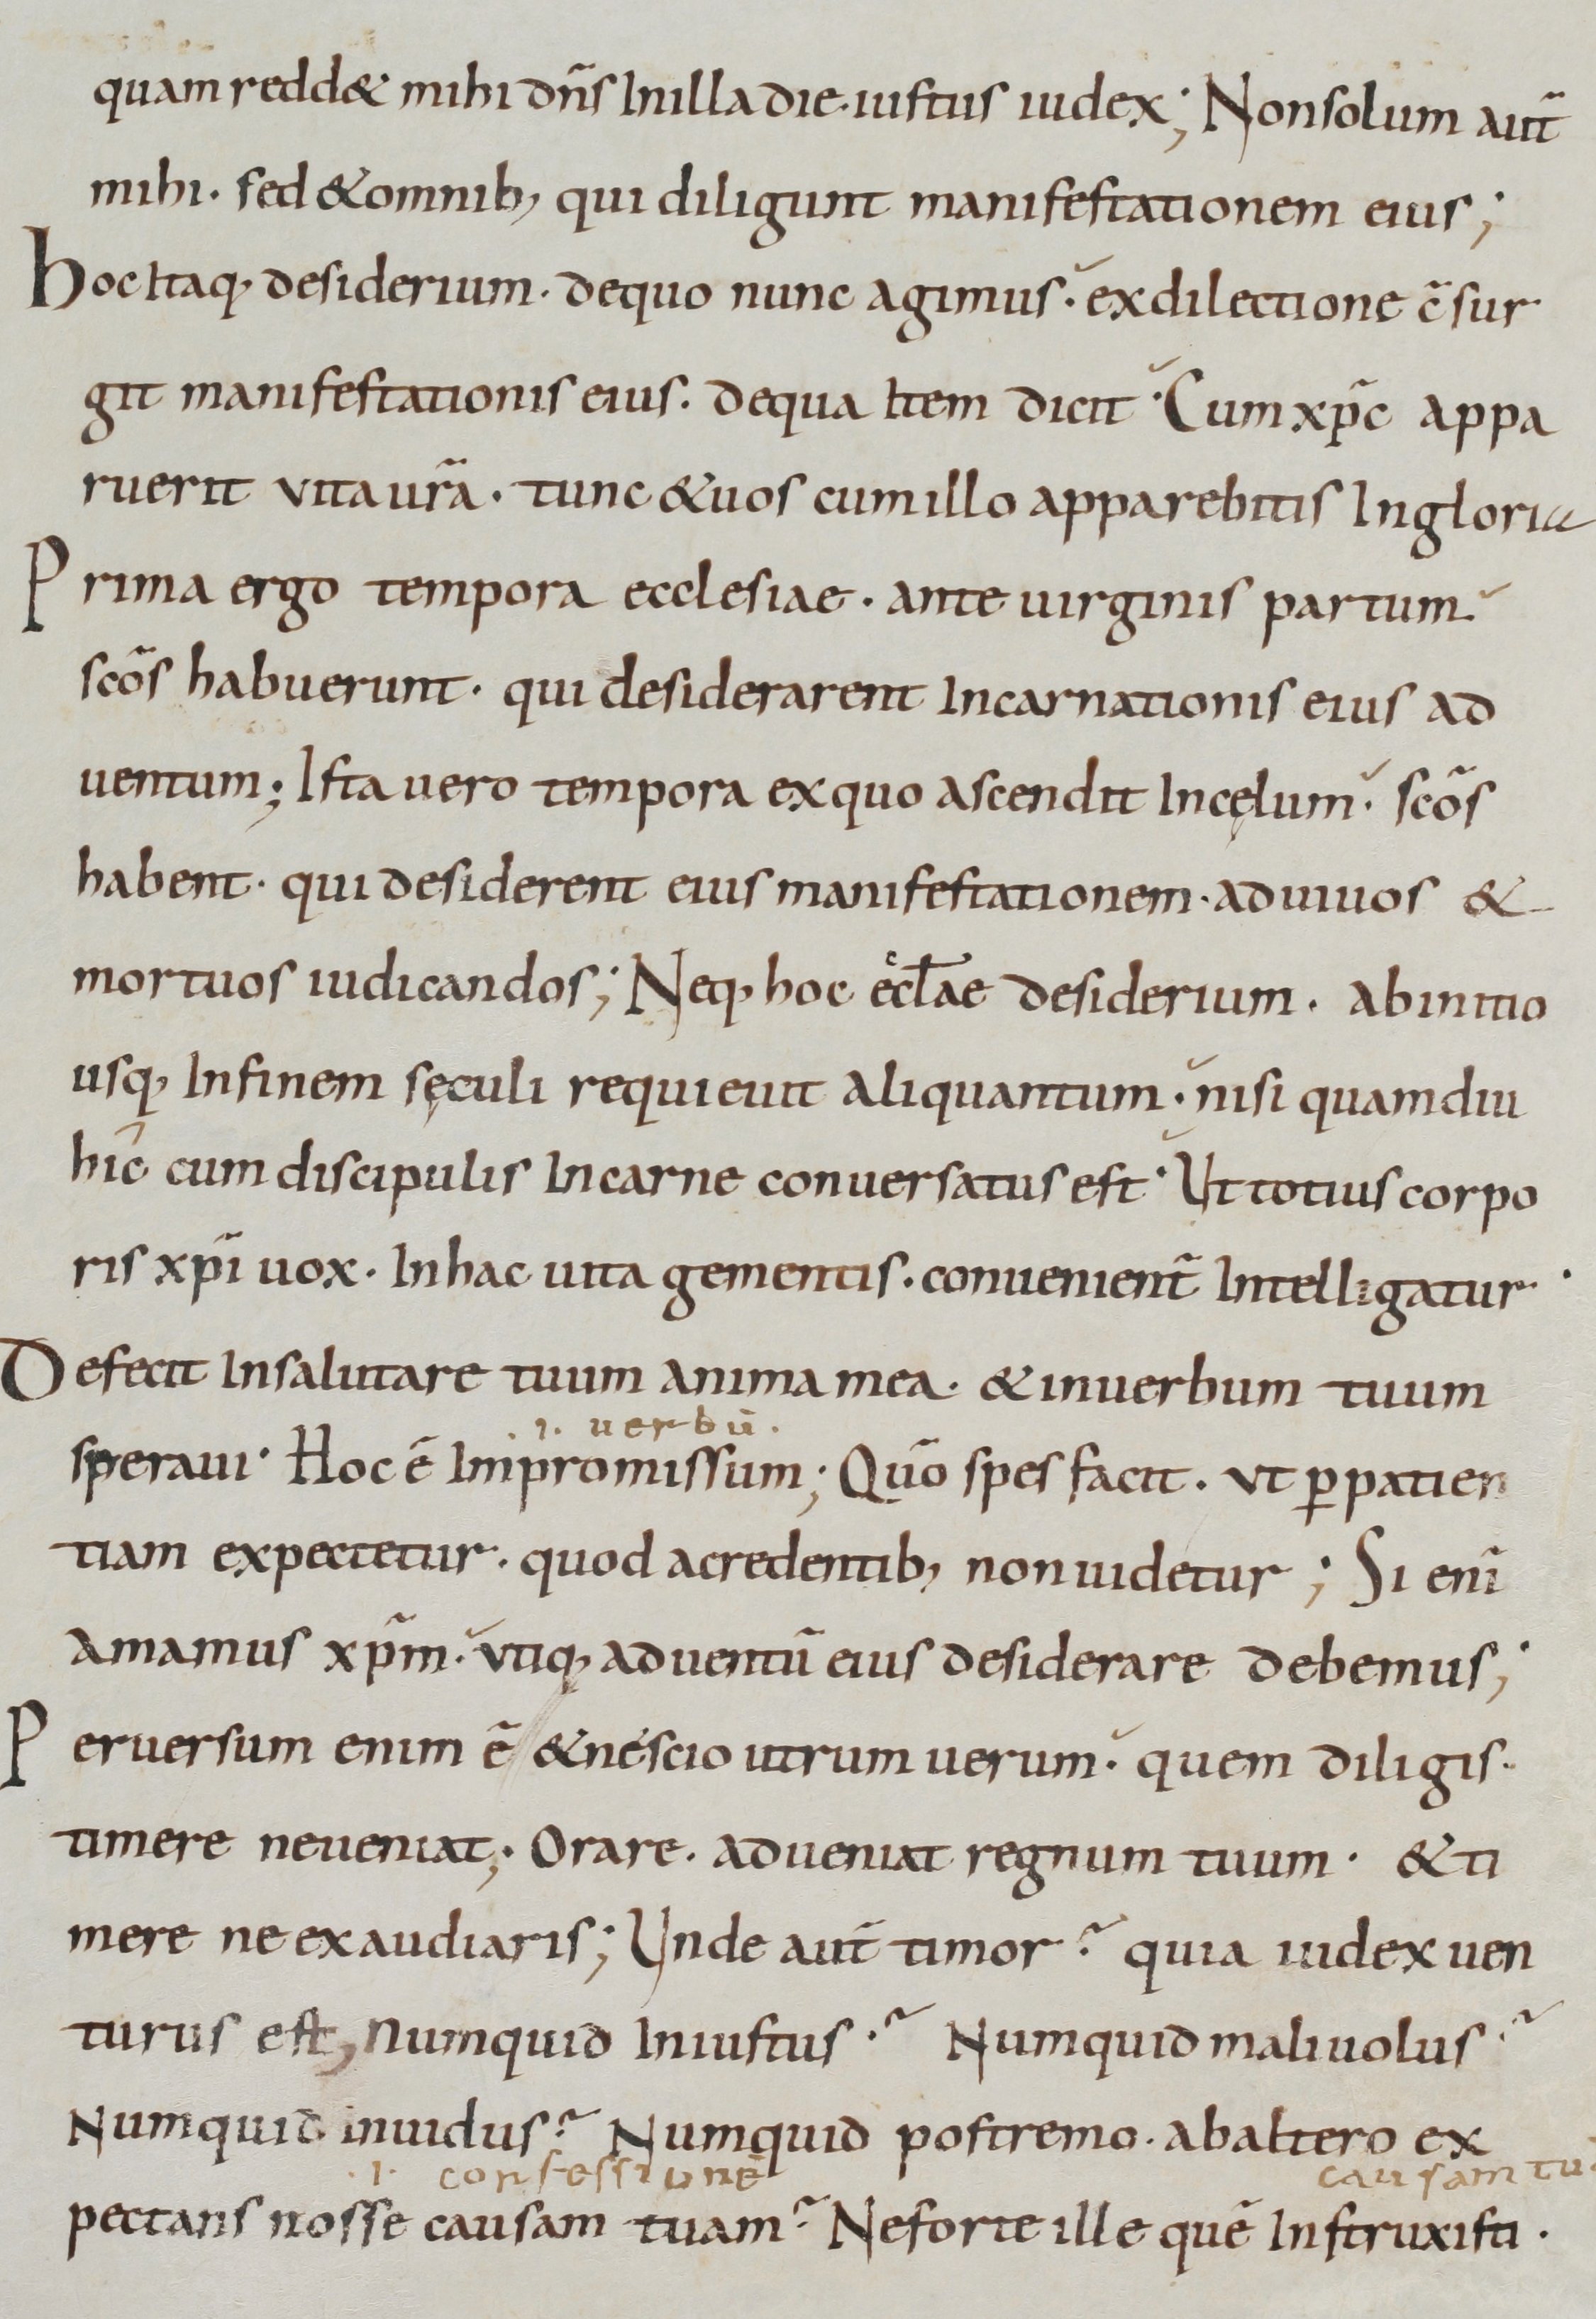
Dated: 800–899